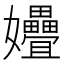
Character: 㜼